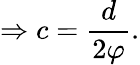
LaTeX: \Rightarrow c={\frac{d}{2\varphi}}.